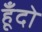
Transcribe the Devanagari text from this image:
हूँदो